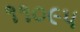
૧૧૦૯૫